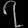
Digit: ၇